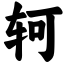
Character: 轲